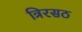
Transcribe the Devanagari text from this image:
त्रिरसठ